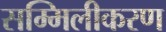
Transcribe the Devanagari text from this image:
सम्मिलीकरण